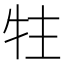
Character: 𰠳